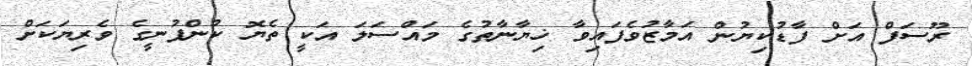
ރޫސަފް އަށް ފާޑުކިޔުން އަމާޒުވެފައިވާ ޚިޔާނާތުގެ މައްސަލަ އަކީ ތެޔޮ ކުންފުނީގެ ވެރިޔަކަށް